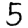
Digit: 5